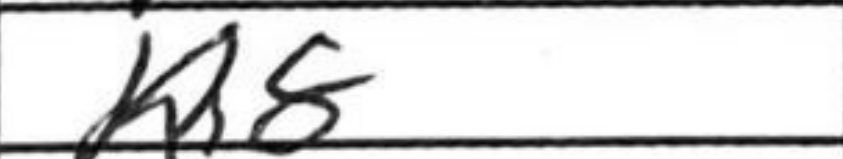
Transcription: Kh8